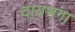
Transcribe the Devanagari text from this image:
दायभगा